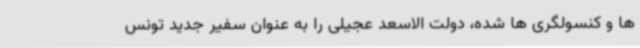
ها و کنسولگری ها شده، دولت الاسعد عجیلی را به عنوان سفیر جدید تونس